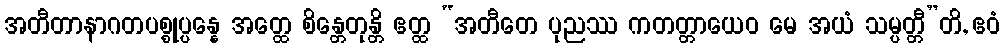
အတီတာနာဂတပစ္စုပ္ပန္နေ အတ္ထေ စိန္တေတုန္တိ ဧတ္ထ “အတီတေ ပုညဿ ကတတ္တာယေဝ မေ အယံ သမ္ပတ္တီ”တိ, ဧဝံ